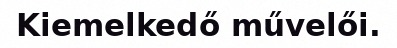
Kiemelkedő művelői.